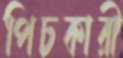
পিচকারী